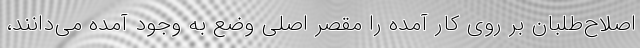
اصلاح‌طلبان بر روی کار آمده را مقصر اصلی وضع به وجود آمده می‌دانند،